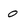
Character: O